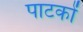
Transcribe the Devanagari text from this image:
पाटकों